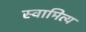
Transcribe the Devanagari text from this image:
स्वामित्य